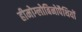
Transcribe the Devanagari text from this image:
हीमोग्लोबिनोपैथियों